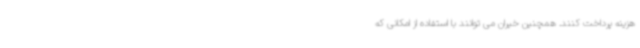
هزینه پرداخت کنند. همچنین خیران می توانند با استفاده از امکانی که